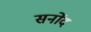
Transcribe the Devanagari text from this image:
सनोंद